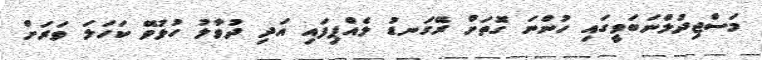
މަސްޖިދުލްނަބަވީގައި ހުންނަ ގޮތަށް ރޭގަނޑު ލެއްޕިފައި އަދި ދުވާލު ހުޅުވޭ ކަހަލަ ވަރަށް